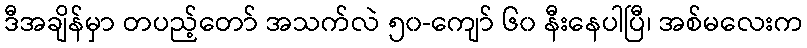
ဒီအချိန်မှာ တပည့်တော် အသက်လဲ ၅၀-ကျော် ၆၀ နီးနေပါပြီ၊ အစ်မလေးက